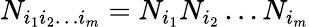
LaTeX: N_{i_{1}i_{2}\ldots i_{m}}=N_{i_{1}}N_{i_{2}}\ldots N_{i_{m}}